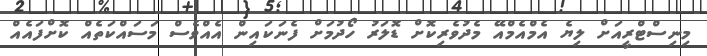
މިނިސްޓްރީއަށް ލިޔެ އެމްއެމްއޭ މެދުވެރިކޮށް ޑޮލަރު ހޯދުމަށް ފެނަކައިން އެއްވެސް މަސައްކަތެއް ކޮށްފައެއް